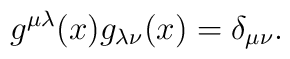
g^{\mu\lambda}(x)g_{\lambda\nu}(x) = \delta_{\mu\nu}.